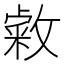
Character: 敹